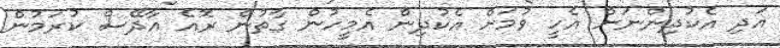
އަދި އެކުދިންނަށް އެހީ ވުމަށް އެކުދިން އެމީހުން ގާތުން ރޮއެ އާދޭސް ކުރަމުން